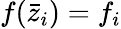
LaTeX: f(\bar{z}_{i})=f_{i}